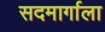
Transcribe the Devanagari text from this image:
सदमार्गाला